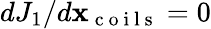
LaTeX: dJ_{1}/d\mathbf x_{\mathrm{~c~o~i~l~s~}}=0